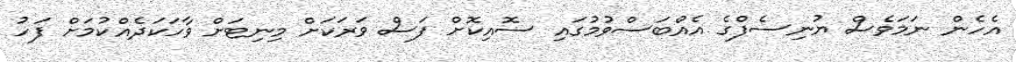
އެހެން ނަމަވެސް ޔުނިސެފްގެ އެއްބަސްވުމުގައި ސޮއިކޮށް ފަސް ވަރަކަށް މިނިޓަށް ވާހަކަދެއްކުމަށް ފަހު